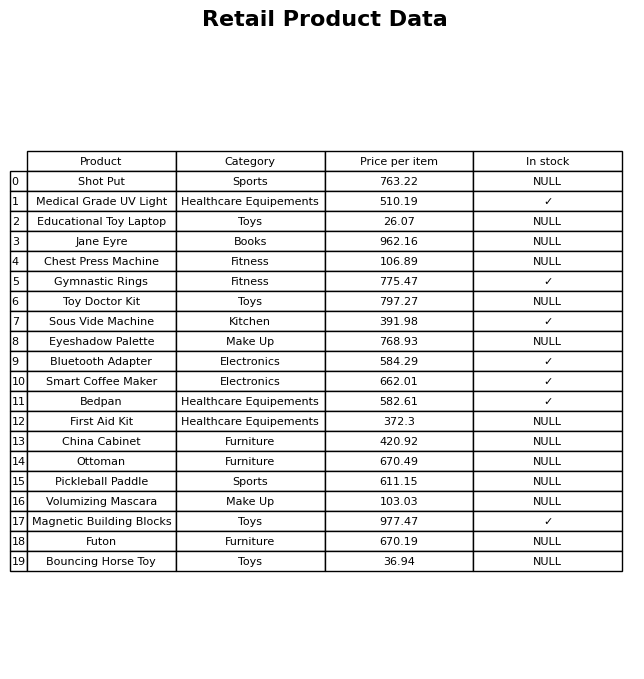
question: What is the price of the Magnetic Building Blocks?
answer: The price of Magnetic Building Blocks is 977.47.